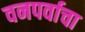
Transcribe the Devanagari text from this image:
वनपर्वाचा